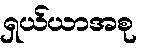
ရှယ်ယာအစု